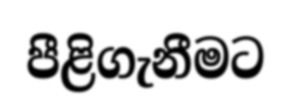
පීළිගැනීමට